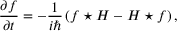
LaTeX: { \frac { \partial f } { \partial t } } = - { \frac { 1 } { i \hbar } } \left( f \star H - H \star f \right) ,